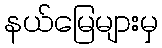
နယ်မြေများမှ